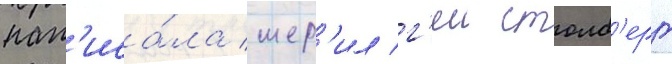
нап'иса́ла шер'ил г'еи столб'ерг